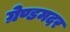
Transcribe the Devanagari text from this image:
ग्रेण्डमदर